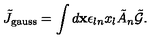
\tilde { J } _ { \mathrm { \scriptsize g a u s s } } = \int { d { \bf x } \epsilon _ { l n } x _ { l } \tilde { A } _ { n } \tilde { \cal G } } .